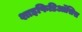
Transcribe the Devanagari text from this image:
शाइफिडिऑसिस